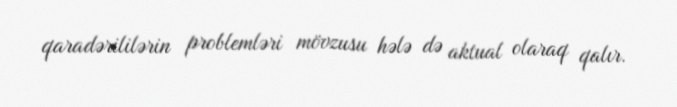
qaradərililərin problemləri mövzusu hələ də aktual olaraq qalır.